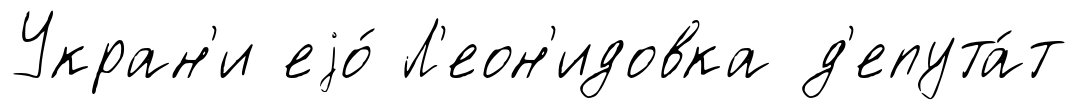
Укран'и еjо́ Л'еон'идовка д'епута́т